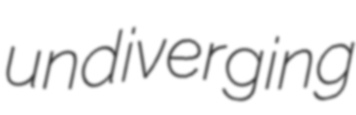
undiverging